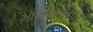
માખીઓનો